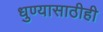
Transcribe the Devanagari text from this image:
धुण्यासाठीही